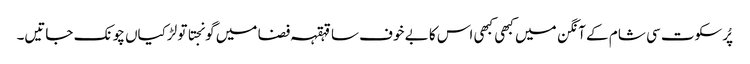
پُرسکوت سی شام کے آنگن میں کبھی کبھی اس کا بے خوف سا قہقہہ فضا میں گونجتا تو لڑکیاں چونک جاتیں۔